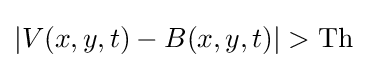
|V(x,y,t)-B(x,y,t)|>\mathrm {Th}